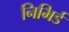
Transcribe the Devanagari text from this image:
निभिर्ड